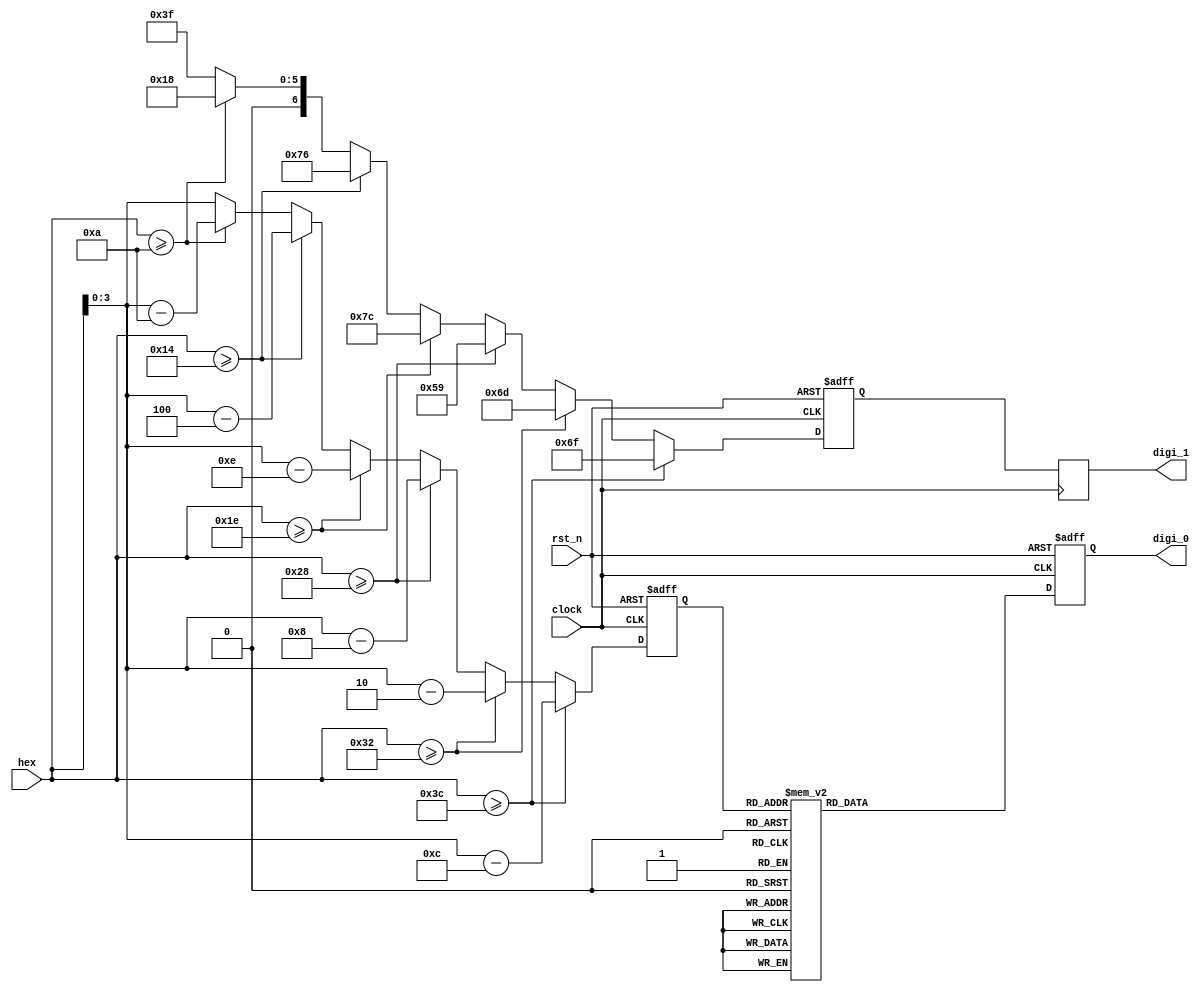
module hex2decdigi_6bit(
    input   clock,
    input   rst_n,

    input   [5 : 0] hex,
    output  reg [6 : 0] digi_0,
    output  reg [6 : 0] digi_1
    );

    localparam DIGI_0 = 7'b0111111;
    localparam DIGI_1 = 7'b0011000;
    localparam DIGI_2 = 7'b1110110;
    localparam DIGI_3 = 7'b1111100;
    localparam DIGI_4 = 7'b1011001;
    localparam DIGI_5 = 7'b1101101;
    localparam DIGI_6 = 7'b1101111;
    localparam DIGI_7 = 7'b0111000;
    localparam DIGI_8 = 7'b1111111;
    localparam DIGI_9 = 7'b1111101;
    localparam DIGI_X = 7'b0000000;

    reg [3 : 0] res_1;
    reg [6 : 0] digi_1_d1;

    // get digi_1
    always @ (posedge clock or negedge rst_n) begin
        if (~rst_n) begin
            digi_1_d1 <= DIGI_X;
            res_1  <= 4'd0;
        end
        else begin
            if (hex >= 6'd60) begin
                digi_1_d1 <= DIGI_6;
                res_1  <= hex - 6'd60;
            end
            else if (hex >= 6'd50) begin
                digi_1_d1 <= DIGI_5;
                res_1  <= hex - 6'd50;
            end
            else if (hex >= 6'd40) begin
                digi_1_d1 <= DIGI_4;
                res_1  <= hex - 6'd40;
            end
            else if (hex >= 6'd30) begin
                digi_1_d1 <= DIGI_3;
                res_1  <= hex - 6'd30;
            end
            else if (hex >= 6'd20) begin
                digi_1_d1 <= DIGI_2;
                res_1  <= hex - 6'd20;
            end
            else if (hex >= 6'd10) begin
                digi_1_d1 <= DIGI_1;
                res_1  <= hex - 6'd10;
            end
            else begin
                digi_1_d1 <= DIGI_0;
                res_1  <= hex;
            end
        end
    end

    // get digi_0
    always @ (posedge clock or negedge rst_n) begin
        if (~rst_n) begin
            digi_0 <= DIGI_X;
        end
        else begin
            case (res_1)
            4'd0: digi_0 <= DIGI_0;
            4'd1: digi_0 <= DIGI_1;
            4'd2: digi_0 <= DIGI_2;
            4'd3: digi_0 <= DIGI_3;
            4'd4: digi_0 <= DIGI_4;
            4'd5: digi_0 <= DIGI_5;
            4'd6: digi_0 <= DIGI_6;
            4'd7: digi_0 <= DIGI_7;
            4'd8: digi_0 <= DIGI_8;
            4'd9: digi_0 <= DIGI_9;
            default:
                digi_0 <= DIGI_X;
            endcase
        end
    end

    // delay
    always @ (posedge clock) begin
        digi_1 <= digi_1_d1;
    end

endmodule